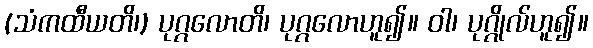
(သံကထီယတိ၊) ပုဂ္ဂလောတိ၊ ပုဂ္ဂလောဟူ၍။ ဝါ၊ ပုဂ္ဂိုလ်ဟူ၍။